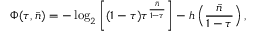
\Phi ( \tau , \bar { n } ) = - \log _ { 2 } \left[ ( 1 - \tau ) \tau ^ { \frac { \bar { n } } { 1 - \tau } } \right] - h \left( \frac { \bar { n } } { 1 - \tau } \right) ,